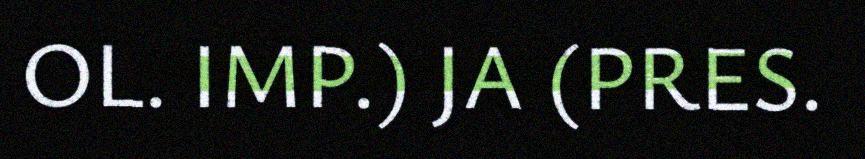
OL. IMP.) JA (PRES.